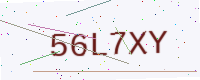
Text: 56L7XY